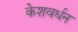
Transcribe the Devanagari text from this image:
केशवर्धन